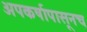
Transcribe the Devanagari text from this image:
अपकर्षापासूनच